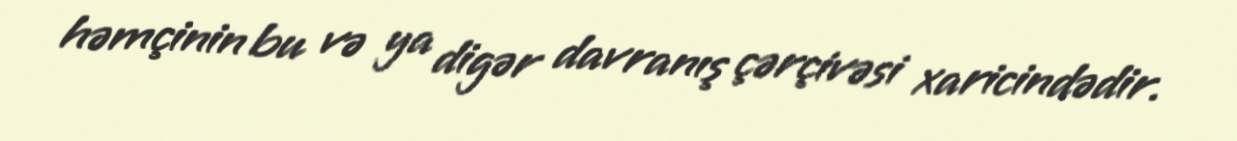
həmçinin bu və ya digər davranış çərçivəsi xaricindədir.